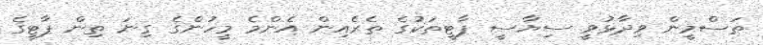
ތަސްމީން ވިދާޅުވީ ސިޔާސީ ޕާޓީތަކުގެ ތެރެއިން އެންމެ މީހުންގެ ގިނަ ތިން ޕާޓީގެ